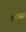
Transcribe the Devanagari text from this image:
लॅप्स